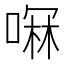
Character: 𫫋